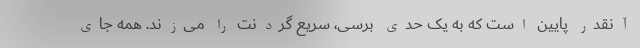
آنقدر پایین است که به یک حدی برسی، سریع گردنت را می‌زند. همه‌ جای